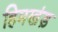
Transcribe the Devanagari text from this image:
हिमखंड़